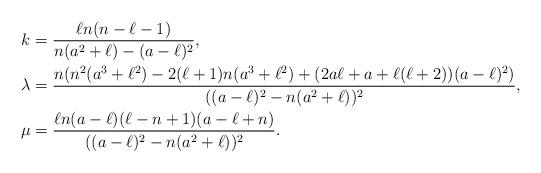
LaTeX: \begin{align*}k&=\frac{\ell n (n-\ell-1)}{n (a^2+\ell)-(a-\ell)^2},\\\lambda&=\frac{n (n^2 (a^3+\ell^2)-2 (\ell+1) n (a^3+\ell^2)+(2 a \ell+a+\ell (\ell+2)) (a-\ell)^2)}{((a-\ell)^2-n (a^2+\ell))^2},\\\mu&=\frac{\ell n (a-\ell) (\ell-n+1) (a-\ell+n)}{((a-\ell)^2-n (a^2+\ell))^2}. \end{align*}